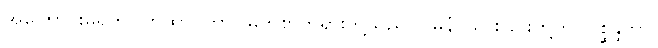
အကြောင်းမရှိဘဲ။ တထာဂတာ၊ မြတ်စွာဘုရားတို့သည်။ ဂမနံ၊ သွားခြင်းတို့ကို။ ပစ္ဆိန္ဒိတွာ၊